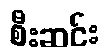
စီးဆင်း